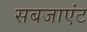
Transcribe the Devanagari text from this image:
सबजाएंट